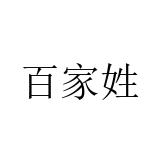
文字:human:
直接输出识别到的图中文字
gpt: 百家姓